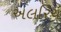
અલરિચ